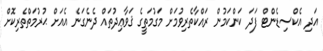
އަދި އެކްސިޑެންޓް ފަދަ ކަންކަމުން ރައްކާތެރިވުމަށް މަގުމަތީގެ ޤަވާޢިދުތައް ދެނެގަނެ އެއަށް ޙުރުމަތްތެރިކޮށް